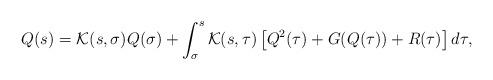
LaTeX: \begin{align*}Q(s) = \mathcal{K}(s,\sigma)Q(\sigma) + \int_\sigma^s \mathcal{K}(s, \tau)\left[Q^2(\tau) + G(Q(\tau)) + R(\tau)\right] d\tau,\end{align*}